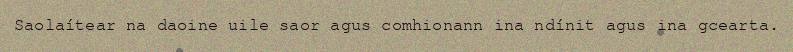
Saolaítear na daoine uile saor agus comhionann ina ndínit agus ina gcearta.